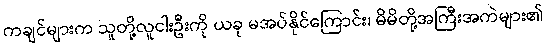
ကချင်များက သူတို့လူငါးဦးကို ယခု မအပ်နိုင်ကြောင်း၊ မိမိတို့အကြီးအကဲများ၏